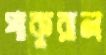
পাকুরাল